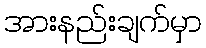
အားနည်းချက်မှာ